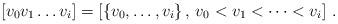
LaTeX: \begin{align*} [v_0v_1\dots v_i]=[\{v_0,\dots,v_i\}\, ,\,v_0<v_1<\dots<v_i]\ . \end{align*}